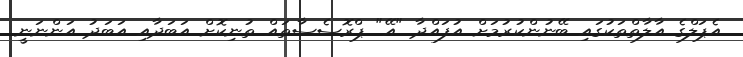
އެޕަލްގެ އާލާތްތަކުގައި ބޭނުންކުރުމަށް އުފައްދާ "އޭ" ޕްރޮސެސާތައް ތުނިކޮށް އަބަދާއި އަބަދު އަންނަނީ